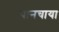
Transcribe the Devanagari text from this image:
पानचाया